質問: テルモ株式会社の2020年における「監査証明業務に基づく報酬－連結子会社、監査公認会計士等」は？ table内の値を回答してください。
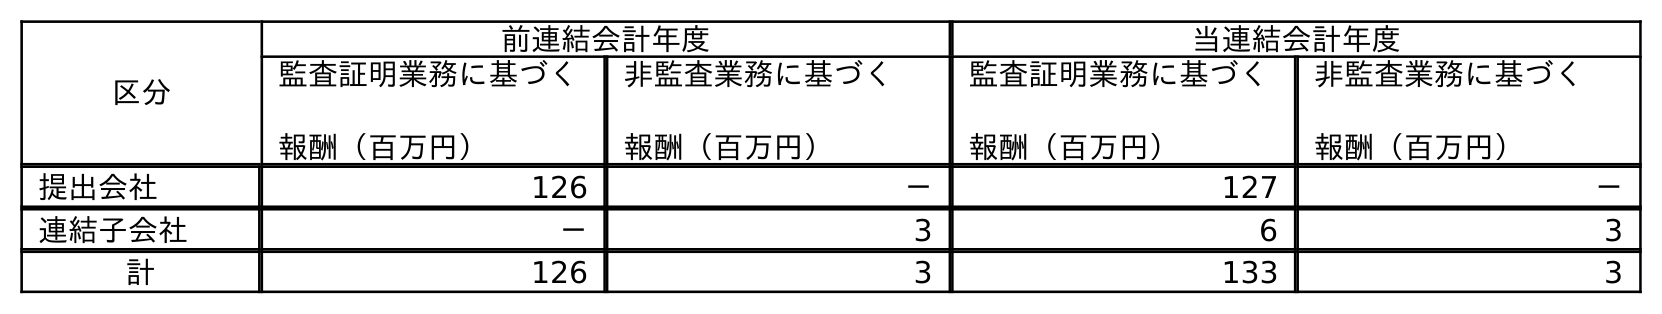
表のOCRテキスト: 区分 前連結会計年度 当連結会計年度 監査証明業務に基づく 報酬（百万円） 非監査業務に基づく 報酬（百万円） 監査証明業務に基づく 報酬（百万円） 非監査業務に基づく 報酬（百万円） 提出会社 126 － 127 － 連結子会社 － 3 6 3 計 126 3 133 3
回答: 6